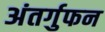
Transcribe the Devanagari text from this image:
अंतर्गुफन